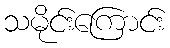
သမိုင်းကြောင်း